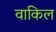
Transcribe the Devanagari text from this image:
वाकिल